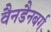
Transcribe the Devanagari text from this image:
वैनडैनबर्ग